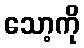
သော့ကို